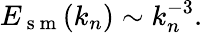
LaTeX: E_{\mathrm{~s~m~}}(k_{n})\sim k_{n}^{-3}.